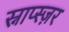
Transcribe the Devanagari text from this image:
स्नाप्स्ज़र